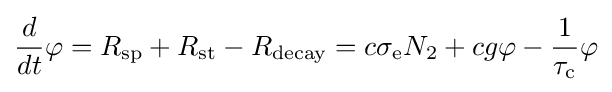
{\frac {d}{dt}}\varphi =R_{\rm {sp}}+R_{\rm {st}}-R_{\rm {decay}}=c\sigma _{\rm {e}}N_{2}+cg\varphi -{\frac {1}{\tau _{\rm {c}}}}\varphi